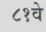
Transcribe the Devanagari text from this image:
८१वे